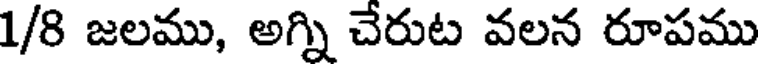
1/8 జలము, అగ్ని చేరుట వలన రూపము